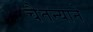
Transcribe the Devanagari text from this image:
चैतन्याने